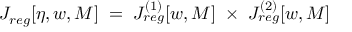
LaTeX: J _ { r e g } [ \eta , w , M ] \; = \; J _ { r e g } ^ { ( 1 ) } [ w , M ] \; \times \; J _ { r e g } ^ { ( 2 ) } [ w , M ]